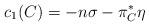
LaTeX: \begin{align*}c_{1}(C)= -n\sigma -\pi_{C}^{*}\eta\end{align*}